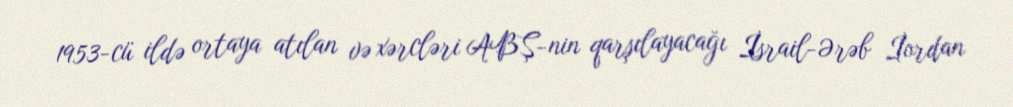
1953-cü ildə ortaya atılan və xərcləri ABŞ-nin qarşılayacağı İsrail-Ərəb İordan